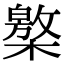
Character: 𣜥